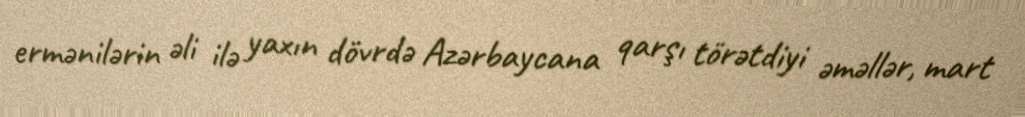
ermənilərin əli ilə yaxın dövrdə Azərbaycana qarşı törətdiyi əməllər, mart